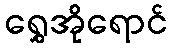
ရွှေအိုရောင်